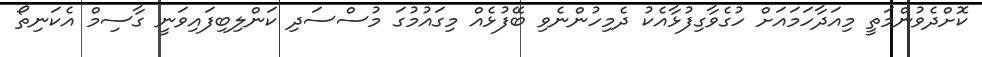
ކޮށްދެވުންމަތީ މިއަދާހަމައަށް ހުގެވާގިފުޅާއެކު ދެމިހުންނެވި ބޭފުޅެއް މިގައުމުގަ މުސްސަދި ކަންލިބިފައިވަނީ ގާސިމް އެކަނިތޯ